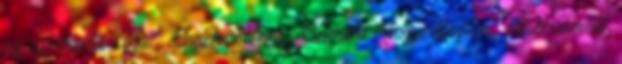
az aprócska agya.” Chuck Norris Címkék: Abszurdisztán, Fehérvári út,